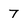
Character: 7